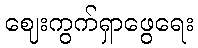
ဈေးကွက်ရှာဖွေရေး